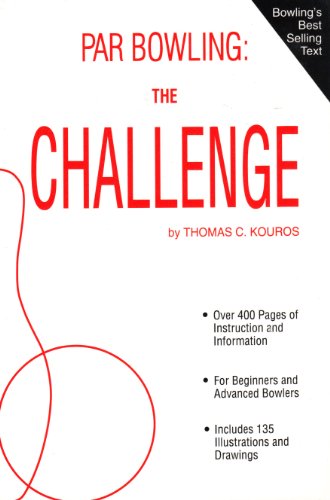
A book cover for Par Bowling: The Challenge; Thomas C. Kouros; Sports & Outdoors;